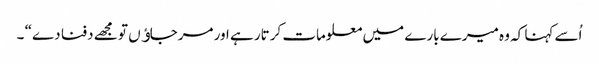
اُسے کہنا کہ وہ میرے بارے میں معلومات کرتار ہے اور مرجاﺅں تو مجھے دفنا دے“ ۔